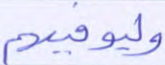
وليوفيهم